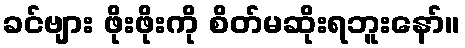
ခင်ဗျား ဖိုးဖိုးကို စိတ်မဆိုးရဘူးနော်။